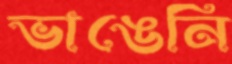
ভাঙেনি